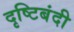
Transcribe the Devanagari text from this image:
दृष्टिबंदी